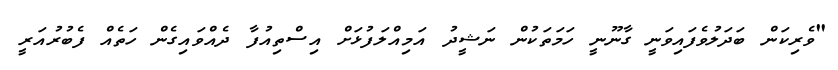
"ވެރިކަން ބަދަލުވެފައިވަނީ ގާނޫނީ ހަމަތަކުން ނަޝީދު އަމިއްލަފުޅަށް އިސްތިއުފާ ދެއްވައިގެން ހަތެއް ފެބުރުއަރީ